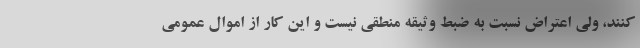
کنند، ولی اعتراض نسبت به ضبط وثیقه منطقی نیست و این کار از اموال عمومی